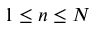
1 \leq n \leq N